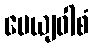
ပေယျဝါစံ